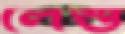
লেশু